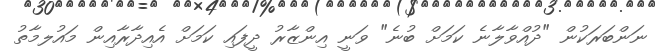
ނަންބަރަކުން "ދުއްވާލާނެ ކަމަށް ބުނެ" ވަނީ އިންޒާރު ދީފައި ކަމަށް އެއިދާރާއިން މައުލމާތު